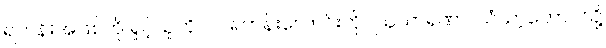
ရဟန်းအဖြစ်ကို ရှုငဲ့သူကို။ ဝါ၊ ရဟန်းလောင်းကို။ ဩသာရဏာ၊ သံဃာ့ဘောင်သို့